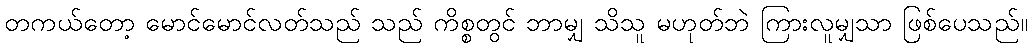
တကယ်တော့ မောင်မောင်လတ်သည် သည် ကိစ္စတွင် ဘာမျှ သိသူ မဟုတ်ဘဲ ကြားလူမျှသာ ဖြစ်ပေသည်။